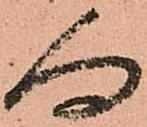
向